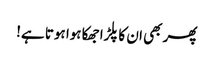
پھر بھی ان کا پلڑا جھکا ہوا ہوتا ہے!